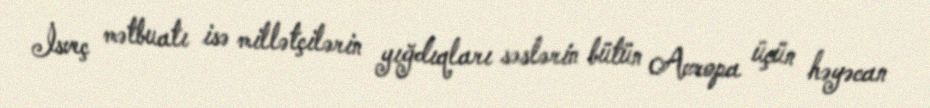
İsveç mətbuatı isə millətçilərin yığdıqları səslərin bütün Avropa üçün həyəcan